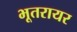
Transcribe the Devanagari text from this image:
भूतरायर